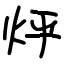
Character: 烀